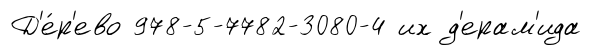
Д'е́р'ево 978-5-7782-3080-4 их д'ерам'ида